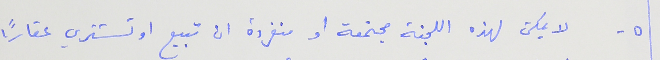
٥ - لا يمكن لهذه اللجنة مجتمعة او منفردة ان تبيع او تشتري عقارًا